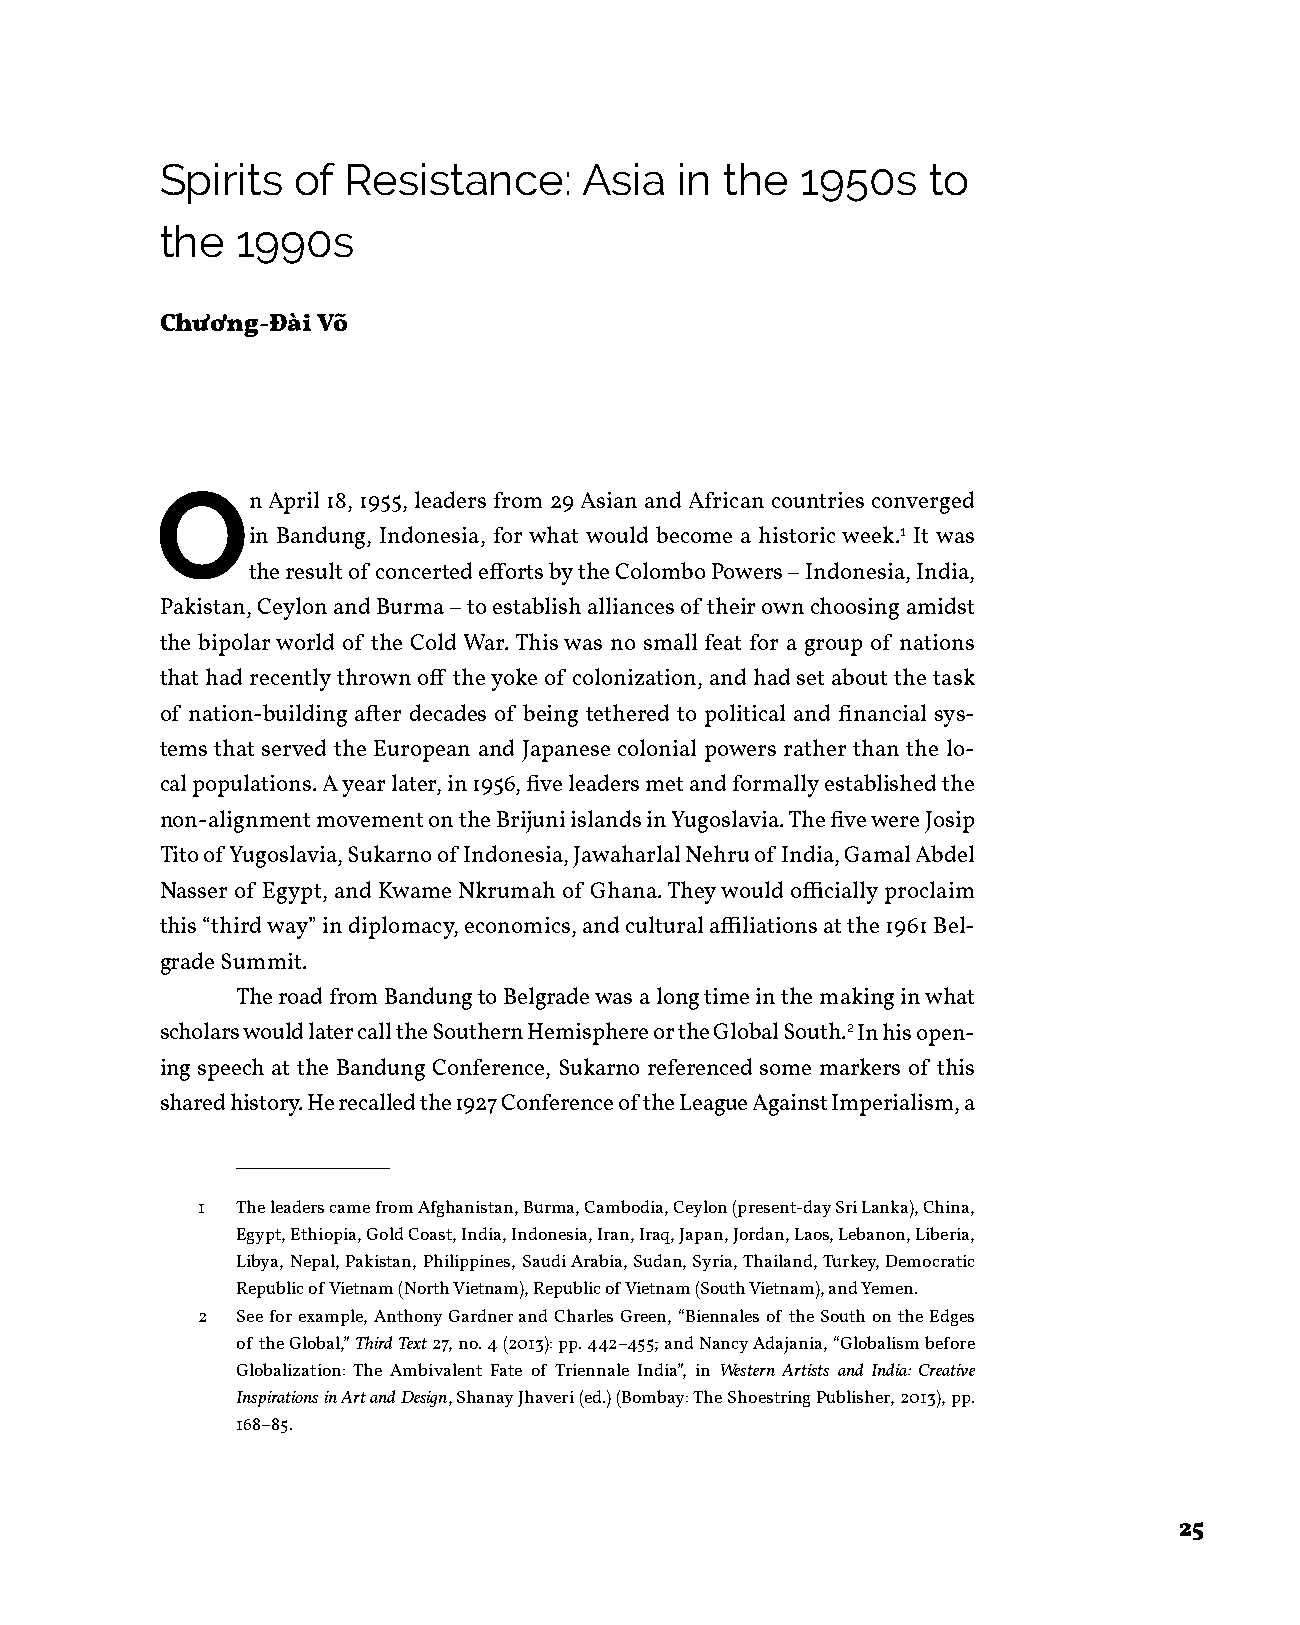
Spirits  of Resistance:     Asia  in the  1950s   to
 the  1990s
 Chương-Đài Võ
 O
 n April 18, 1955, leaders from 29 Asian and African countries converged
 in Bandung, Indonesia, for what would become a historic week.1 It was
 the result of concerted efforts by the Colombo Powers – Indonesia, India,
 Pakistan, Ceylon and Burma – to establish alliances of their own choosing amidst
 the bipolar world of the Cold War. This was no small feat for a group of nations
 that had recently thrown off the yoke of colonization, and had set about the task
 of nation-building after decades of being tethered to political and financial sys-
 tems that served the European and Japanese colonial powers rather than the lo-
 cal populations. A year later, in 1956, five leaders met and formally established the
 non-alignment movement on the Brijuni islands in Yugoslavia. The five were Josip
 Tito of Yugoslavia, Sukarno of Indonesia, Jawaharlal Nehru of India, Gamal Abdel
 Nasser of Egypt, and Kwame Nkrumah of Ghana. They would officially proclaim
 this “third way” in diplomacy, economics, and cultural affiliations at the 1961 Bel-
 grade Summit.
 The road from Bandung to Belgrade was a long time in the making in what
 scholars would later call the Southern Hemisphere or the Global South.2 In his open-
 ing speech at the Bandung Conference, Sukarno referenced some markers of this
 shared history. He recalled the 1927 Conference of the League Against Imperialism, a
 1  The leaders came from Afghanistan, Burma, Cambodia, Ceylon (present-day Sri Lanka), China,
 Egypt, Ethiopia, Gold Coast, India, Indonesia, Iran, Iraq, Japan, Jordan, Laos, Lebanon, Liberia,
 Libya, Nepal, Pakistan, Philippines, Saudi Arabia, Sudan, Syria, Thailand, Turkey, Democratic
 Republic of Vietnam (North Vietnam), Republic of Vietnam (South Vietnam), and Yemen.
 2  See for example, Anthony Gardner and Charles Green, “Biennales of the South on the Edges
 of the Global,” Third Text 27, no. 4 (2013): pp. 442–455; and Nancy Adajania, “Globalism before
 Globalization: The Ambivalent Fate of Triennale India”, in Western Artists and India: Creative
 Inspirations in Art and Design, Shanay Jhaveri (ed.) (Bombay: The Shoestring Publisher, 2013), pp.
 168–85.
 25